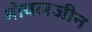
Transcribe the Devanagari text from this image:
नोवलजीन